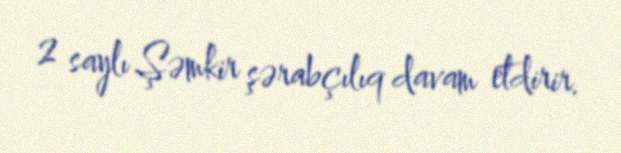
2 saylı Şəmkir şərabçılıq davam etdirir.